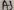
Text: A5